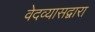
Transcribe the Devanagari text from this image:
वेदव्यासद्वारा